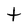
Character: t